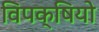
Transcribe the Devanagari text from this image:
विपक्षियो